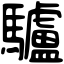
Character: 驢